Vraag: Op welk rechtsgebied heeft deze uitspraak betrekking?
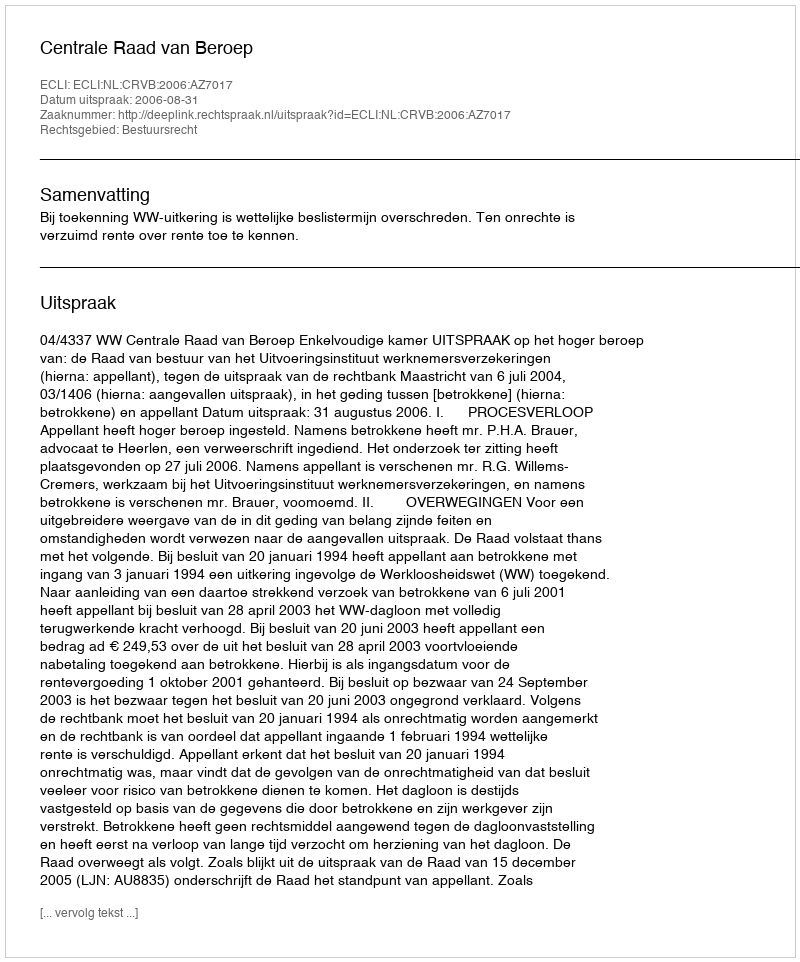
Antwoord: Bestuursrecht